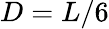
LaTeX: D=L/6